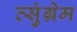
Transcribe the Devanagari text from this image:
त्सुंग्रेम